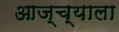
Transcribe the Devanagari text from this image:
आज्च्याला